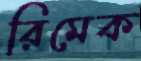
রিমেক